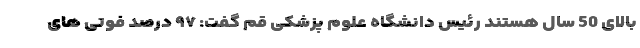
بالای 50 سال هستند رئیس دانشگاه علوم پزشکی قم گفت: ۹۷ درصد فوتی های